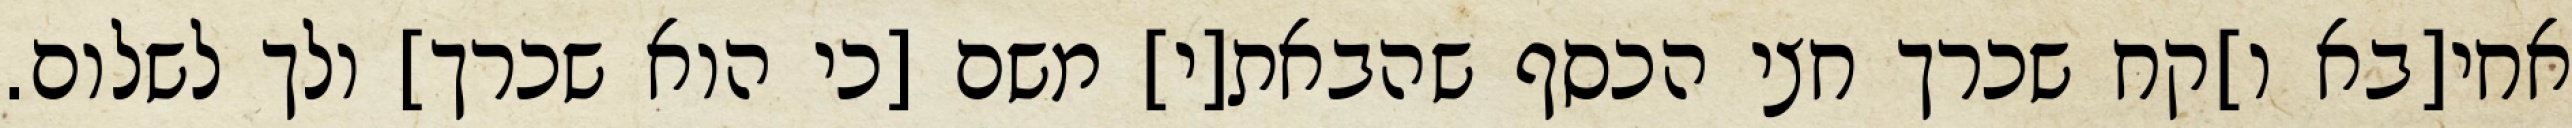
אחי[בא ו]קח שכרך חצי הכסף שהבאת[י] משם [כי הוא שכרך] ולך לשלום.